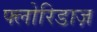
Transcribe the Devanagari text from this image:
फ्लोरिडाज़